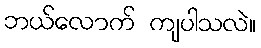
ဘယ်လောက် ကျပါသလဲ။